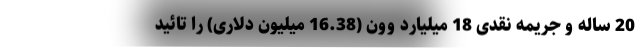
20 ساله و جریمه نقدی 18 میلیارد وون (16.38 میلیون دلاری) را تائید